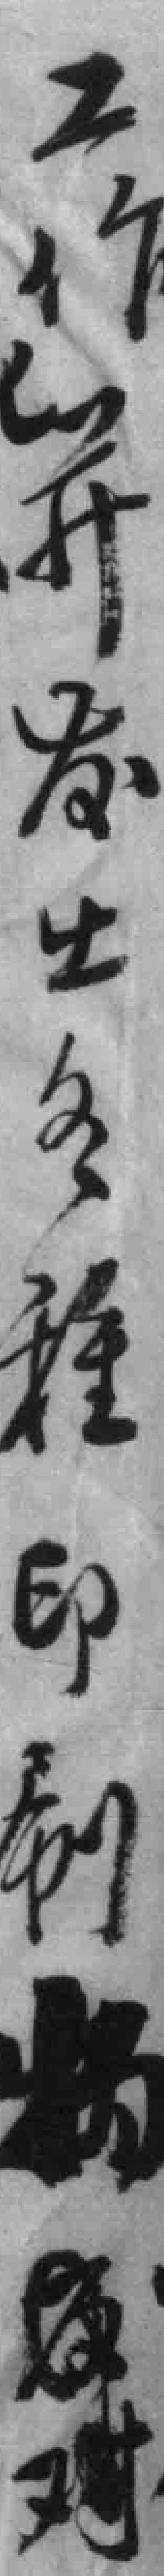
工作并发出各種印刷物